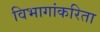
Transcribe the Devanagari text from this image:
विभागांकरिता